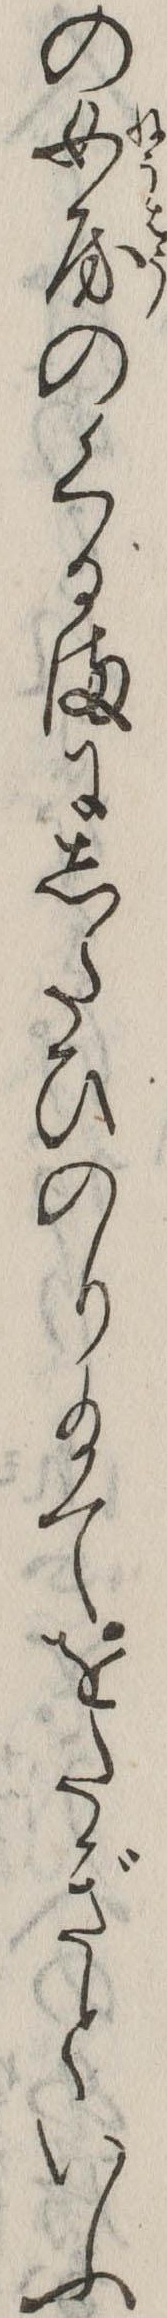
の女房のくるまにしたひのり給てをたぎといふ